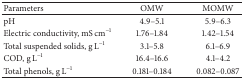
<table><thead><tr><td><b>Parameters</b></td><td><b>OMW</b></td><td><b>MOMW</b></td></tr></thead><tbody><tr><td>pH</td><td>4.9–5.1</td><td>5.9–6.3</td></tr><tr><td>Electric conductivity, mS cm<sup>−1</sup></td><td>1.76–1.84</td><td>1.42–1.54</td></tr><tr><td>Total suspended solids, g L<sup>−1</sup></td><td>3.1–5.8</td><td>6.1–6.9</td></tr><tr><td>COD, g L<sup>−1</sup></td><td>16.4–16.6</td><td>4.1–4.2</td></tr><tr><td>Total phenols, g L<sup>−1</sup></td><td>0.181–0.184</td><td>0.082–0.087</td></tr></tbody></table>